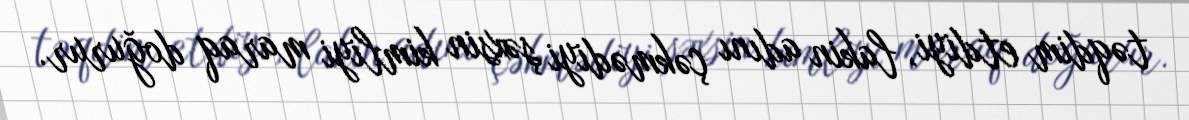
təqdim etdiyi, lakin adını çəkmədiyi şəxsin kimliyi maraq doğurur.